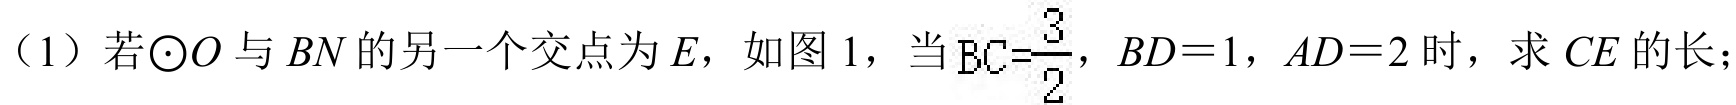
（1）若$\odot O$与$BN$的另一个交点为$E$，如图1，当$BC = \dfrac{3}{2}$，$BD = 1$，$AD = 2$时，求$CE$的长；